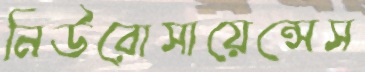
নিউরোসায়েন্সেস